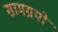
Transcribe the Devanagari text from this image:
सामग्रयों